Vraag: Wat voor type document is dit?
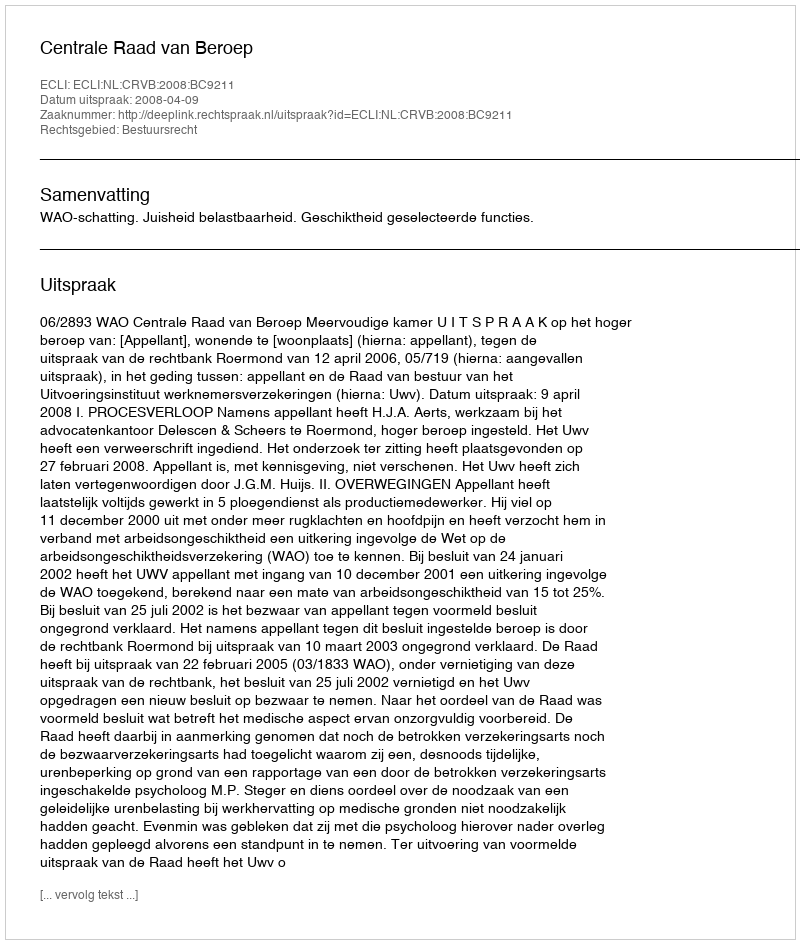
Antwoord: Uitspraak